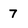
Character: 7